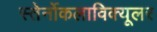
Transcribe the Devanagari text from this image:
स्तेर्नोकलाविक्यूलर